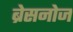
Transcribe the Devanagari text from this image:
ब्रेसनोज